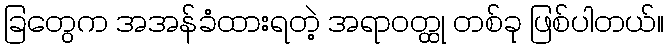
ခြတွေက အအန်ခံထားရတဲ့ အရာဝတ္ထု တစ်ခု ဖြစ်ပါတယ်။